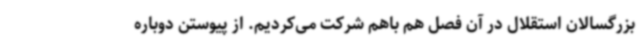
بزرگسالان استقلال در آن فصل هم باهم شرکت می‌کردیم. از پیوستن دوباره